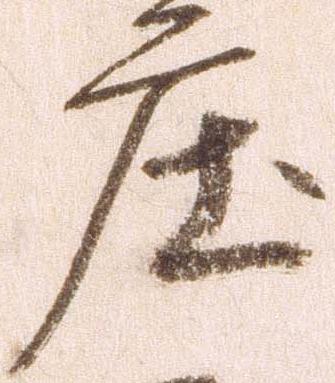
庄